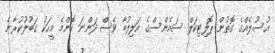
އުސޫލެއްގެ ގޮތުން ޕޮލިޓިކަލް ސައެންސްގެ އަލިފުބާ ވެސް ދަންނަ ކޮންމެ މީހަކު ގަބޫލުކުރާނެ